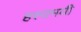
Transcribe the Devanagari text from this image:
हस्यमयी